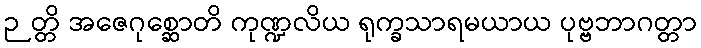
ဉတ္တိ အဇေဂုစ္ဆောတိ ကုဏ္ဍလိယ ရုက္ခသာရမယာယ ပုဗ္ဗဘာဂတ္တာ